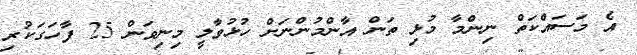
އެ މަސައްކަތް ނިންމާ މުޅި ތަން އާންމުންނަށް ހުޅުވާލީ މިނިވަން 25 ފާހަގަކުރި